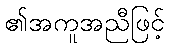
၏အကူအညီဖြင့်